Vaccination in Bombay 1869-1873 - 1869-1873
Year: 1869
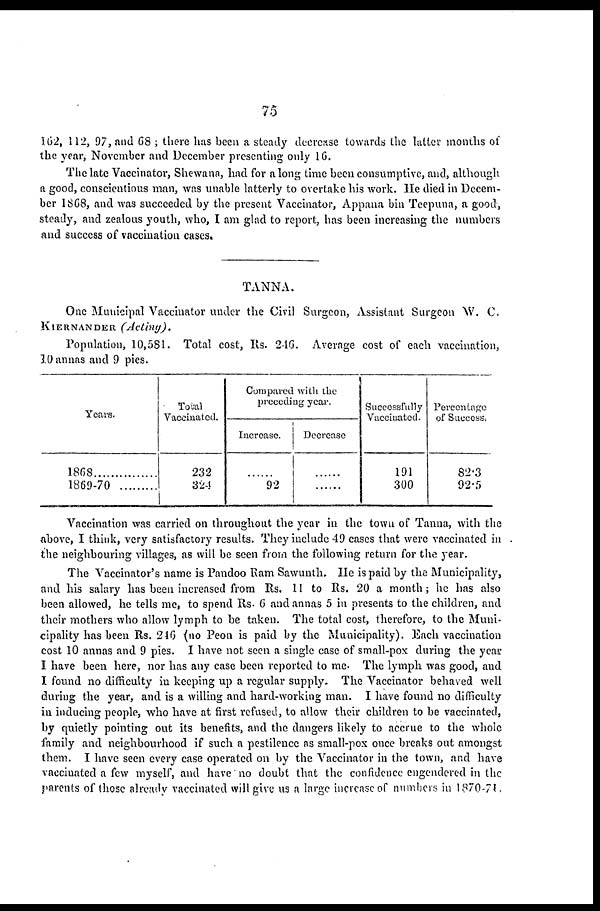
75
162, 112, 97, and 68 ; there has been a steady decrease towards the latter months of
the year, November and December presenting only 16.
The late Vaccinator, Shewana, had for along time been consumptive, and, although
a good, conscientious man, was unable latterly to overtake his work. He died in Decem-
ber 1868, and was succeeded by the present Vaccinator, Appana bin Teepuna, a good,
steady, and zealous youth, who, I am glad to report, has been increasing the numbers
and success of vaccination cases.
TANNA.
One Municipal Vaccinator under the Civil Surgeon, Assistant Surgeon W. C.
KIERNANDER.
(Acting).
Population, 10,581. Total cost, Rs. 246. Average cost of each vaccination,
10 annas and 9 pies.
Years.
1868..................
1869-70............
Total
Vaccinated.
232
324
Compared with the
preceding year.
Increase.
......
92
Decrease
......
......
Successfully
Vaccinated.
191
300
Percentage
of Success.
82.3
92.5
Vaccination was carried on throughout the year in the town of Tanna, with the
above, I think, very satisfactory results. They include 49 cases that were vaccinated in
the neighbouring villages, as will be seen from the following return for the year.
The Vaccinator's name is Pandoo Ram Sawunth. He is paid by the Municipality,
and his salary has been increased from Rs. 11 to Rs. 20 a month; he has also
been allowed, he tells me, to spend Rs. 6 and annas 5 in presents to the children, and
their mothers who allow lymph to be taken. The total cost, therefore, to the Muni-
cipality has been Rs. 246 (no Peon is paid by the Municipality). Each vaccination
cost 10 annas and 9 pies. I have not seen a single case of small-pox during the year
I have been here, nor has any case been reported to me. The lymph was good, and
I found no difficulty in keeping up a regular supply. The Vaccinator behaved well
during the year, and is a willing and hard-working man. I have found no difficulty
in inducing people, who have at first refused, to allow their children to be vaccinated,
by quietly pointing out its benefits, and the dangers likely to accrue to the whole
family and neighbourhood if such a pestilence as small-pox once breaks out amongst
them. I have seen every case operated on by the Vaccinator in the town, and have
vaccinated a few myself, and have no doubt that the confidence engendered in the
parents of those already vaccinated will give us a large increase of numbers in 1870-71.